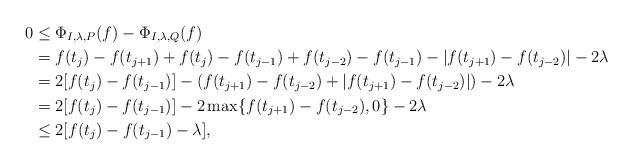
LaTeX: \begin{align*}0 & \le\Phi_{I,\lambda,P}(f)-\Phi_{I,\lambda,Q}(f)\\ & =f(t_{j})-f(t_{j+1})+f(t_{j})-f(t_{j-1})+f(t_{j-2})-f(t_{j-1})-|f(t_{j+1})-f(t_{j-2})|-2\lambda\\ & =2[f(t_{j})-f(t_{j-1})]-(f(t_{j+1})-f(t_{j-2})+|f(t_{j+1})-f(t_{j-2})|)-2\lambda\\ & =2[f(t_{j})-f(t_{j-1})]-2\max\{f(t_{j+1})-f(t_{j-2}),0\}-2\lambda\\ & \le2[f(t_{j})-f(t_{j-1})-\lambda],\end{align*}